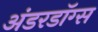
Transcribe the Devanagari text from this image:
अंडरडॉग्स